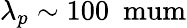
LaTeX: \lambda_{p}\sim 100~\mathrm{\ mum}